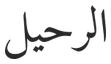
الرحيل